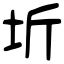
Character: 圻